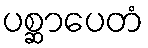
ပစ္ဆာပေတံ